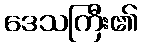
ဒေသကြီး၏